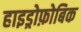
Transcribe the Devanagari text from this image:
हाइड्रोफ़ोबिक